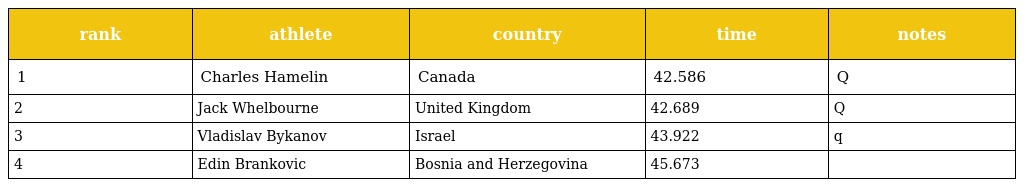
| rank | athlete | country | time | notes |
 | --- | --- | --- | --- | --- |
 | 1 | Charles Hamelin | Canada | 42.586 | Q |
 | 2 | Jack Whelbourne | United Kingdom | 42.689 | Q |
 | 3 | Vladislav Bykanov | Israel | 43.922 | q |
 | 4 | Edin Brankovic | Bosnia and Herzegovina | 45.673 |  |